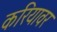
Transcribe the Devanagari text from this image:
करियावर